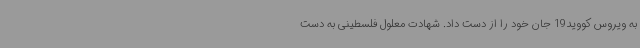
به ویروس کووید19 جان خود را از دست داد. شهادت معلول فلسطینی به دست